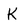
Character: K